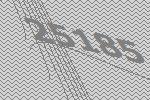
25185